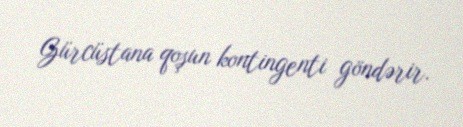
Gürcüstana qoşun kontingenti göndərir.